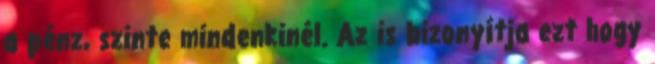
a pénz, szinte mindenkinél. Az is bizonyítja ezt hogy